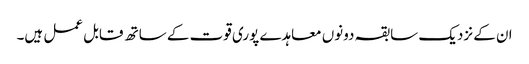
ان کے نزدیک سابقہ دونوں معاہدے پوری قوت کے ساتھ قابل عمل ہیں۔